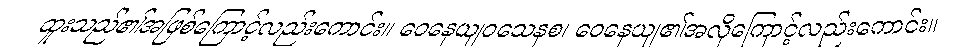
ထူးသည်၏အဖြစ်ကြောင့်လည်းကောင်း။ ဝေနေယျဝသေနစ၊ ဝေနေယျ၏အလိုကြောင့်လည်းကောင်း။